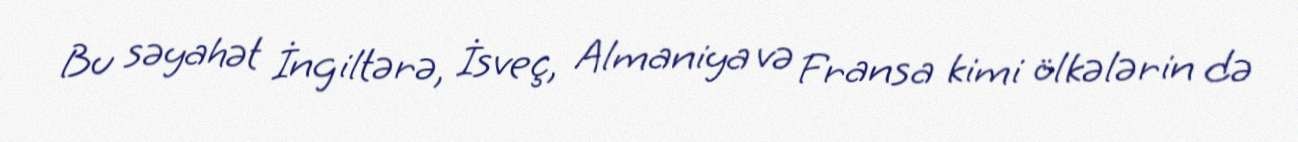
Bu səyahət İngiltərə, İsveç, Almaniya və Fransa kimi ölkələrin də